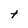
Character: t